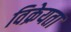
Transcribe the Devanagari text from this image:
विक्रेयता